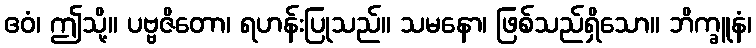
ဧဝံ၊ ဤသို့။ ပဗ္ဗဇိတော၊ ရဟန်းပြုသည်။ သမနော၊ ဖြစ်သည်ရှိသော။ ဘိက္ခူနံ၊